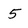
Character: 5